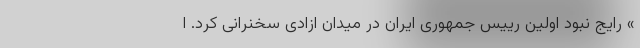
» رایج نبود اولین رییس جمهوری ایران در میدان ازادی سخنرانی کرد. ا